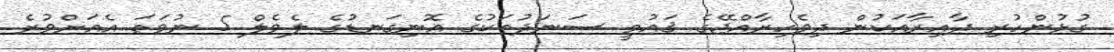
ގުޅުންހުރި ދާއިރާއަކުން ދިވެހިރާއްޖޭގެ ޤައުމީ ސަނަދުތަކުގެ އޮނިގަނޑުގެ ލެވެލް 5 ނުވަތަ އެއަށްވުރެ